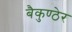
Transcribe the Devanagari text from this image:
बैकुण्ठेर